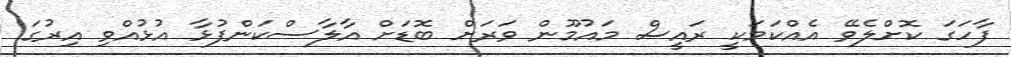
ފާހަގަ ކޮށްލެވޭ އެއްކަމަކީ ރައީސް މައުމޫން ވަރަށް ބޮޑަށް އާލާސްކަންފުޅާ އުޅުއްވި އިރުގަ